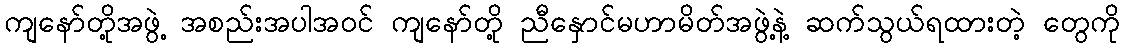
ကျနော်တို့အဖွဲ့ အစည်းအပါအဝင် ကျနော်တို့ ညီနှောင်မဟာမိတ်အဖွဲ့နဲ့ ဆက်သွယ်ရထားတဲ့ တွေကို